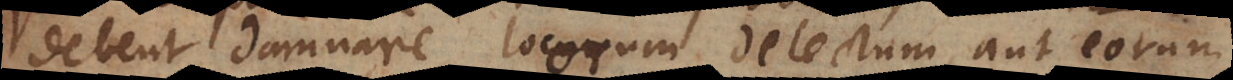
debent damnare locorum delectum, aut eorum